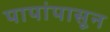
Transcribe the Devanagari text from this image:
पापांपासून